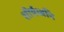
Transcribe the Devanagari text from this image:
शीर्षध्वनि